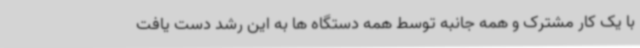
با یک کار مشترک و همه جانبه توسط همه دستگاه ها به این رشد دست یافت